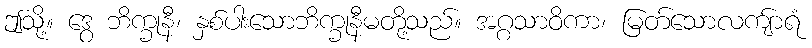
ဤသို့။ ဒွေ ဘိက္ခုနီ၊ နှစ်ပါးသောဘိက္ခုနီမတို့သည်။ အဂ္ဂသာဝိကာ၊ မြတ်သောလကျ်ာရံ